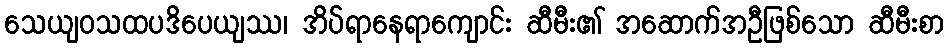
သေယျဝသထပဒိပေယျဿ၊ အိပ်ရာနေရာကျောင်း ဆီမီး၏ အဆောက်အဦဖြစ်သော ဆီမီးစာ